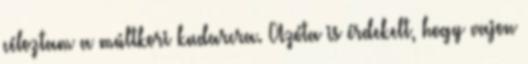
céloztam a múltkori kudarcra. Azóta is érdekelt, hogy vajon